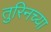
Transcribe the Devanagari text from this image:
तुरिनच्या